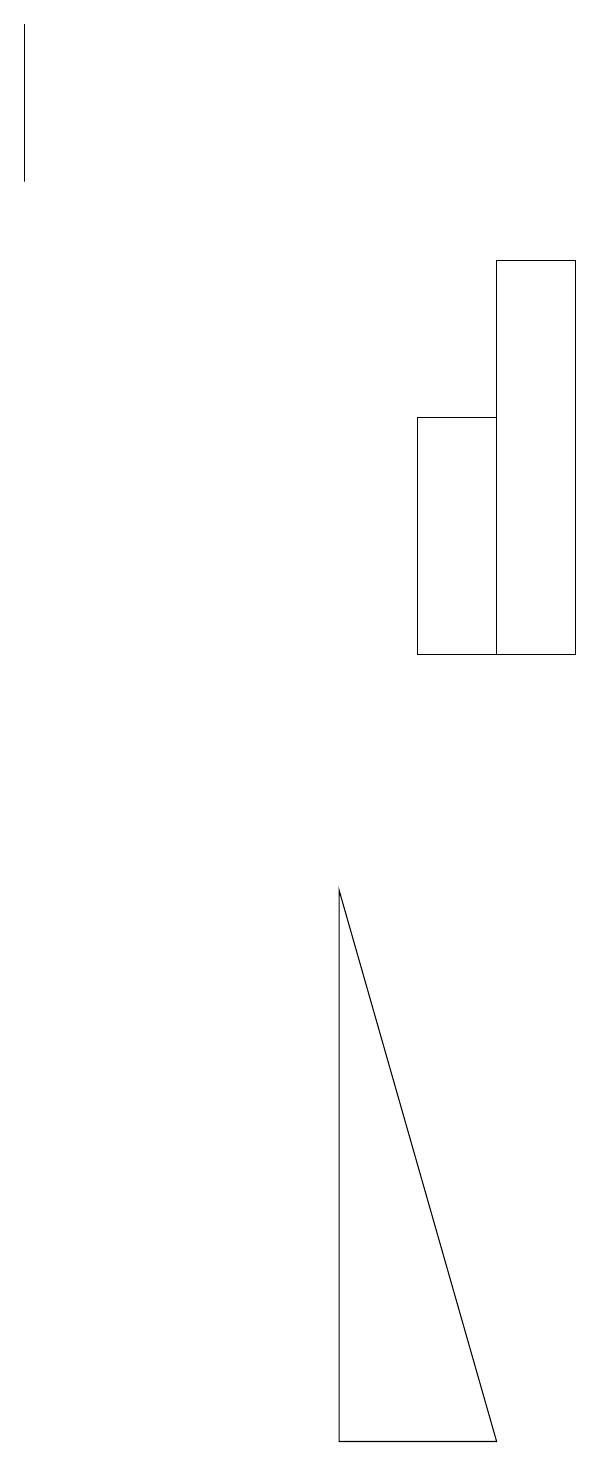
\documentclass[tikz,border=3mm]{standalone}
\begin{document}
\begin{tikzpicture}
\draw (1,19) rectangle (1,17);
\draw (7,1) -- (5,8) -- (5,1) -- cycle;
\draw (7,11) rectangle (6,14);
\draw (8,16) rectangle (7,11);
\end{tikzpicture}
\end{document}